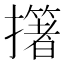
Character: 𢷷